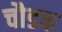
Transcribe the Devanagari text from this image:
चौडक